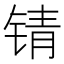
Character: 锖